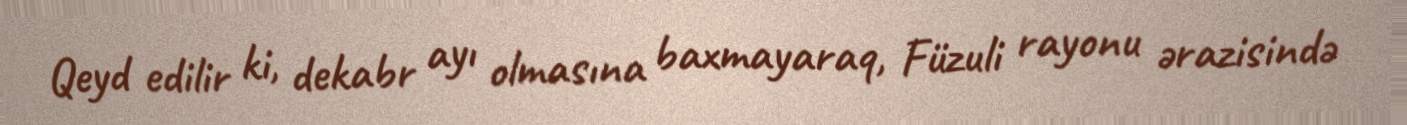
Qeyd edilir ki, dekabr ayı olmasına baxmayaraq, Füzuli rayonu ərazisində